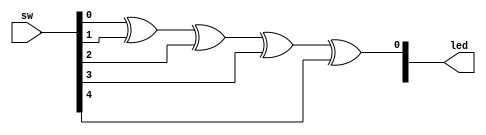
`timescale 1ns / 1ps
//////////////////////////////////////////////////////////////////////////////////
// Company: 
// Engineer: 
// 
// Design Name: 
// Module Name: project3
// Project Name: 
// Target Devices: 
// Tool Versions: 
// Description: 
// 
// Dependencies: 
// 
// Revision:
// Revision 0.01 - File Created
// Additional Comments:
// 
//////////////////////////////////////////////////////////////////////////////////


module project3(

    input [4:0] sw,
    output [1:0] led
    );
    
    assign led[0] = sw[0] ^ sw[1] ^ sw[2] ^ sw[3] ^ sw[4];
//    (~sw[0] & ~sw[1] & ~sw[2] & ~sw[3] & sw[4]) | 
//                 (~sw[0] & ~sw[1] & ~sw[2] & sw[3] & ~sw[4]) |
//                 (~sw[0] & ~sw[1] & sw[2] & ~sw[3] & ~sw[4]) |
//                 (~sw[0] & ~sw[1] & sw[2] & sw[3] & sw[4])   |
//                 //
//                 (~sw[0] & sw[1] & ~sw[2] & ~sw[3] & ~sw[4]) |
//                 (~sw[0] & sw[1] & ~sw[2] & sw[3] & sw[4]) |
//                 (~sw[0] & sw[1] & sw[2] & ~sw[3] & sw[4]) |
//                 (~sw[0] & sw[1] & sw[2] & sw[3] & ~sw[4]) |
//                 //
//                 (sw[0] & ~sw[1] & ~sw[2] & ~sw[3] & ~sw[4])|
//                 (sw[0] & ~sw[1] & ~sw[2] & sw[3] & sw[4]) |
//                 (sw[0] & ~sw[1] & sw[2] & ~sw[3] & sw[4]) |
//                 (sw[0] & ~sw[1] & sw[2] & sw[3] & ~sw[4]) |
//                 //
//                 (sw[0] & sw[1] & ~sw[2] & ~sw[3] & sw[4]) |
//                 (sw[0] & sw[1] & ~sw[2] & sw[3] & ~sw[4]) |
//                 (sw[0] & sw[1] & sw[2] & ~sw[3] & ~sw[4]) |
//                 (sw[0] & sw[1] & sw[2] & sw[3] & sw[4]);
                 
endmodule